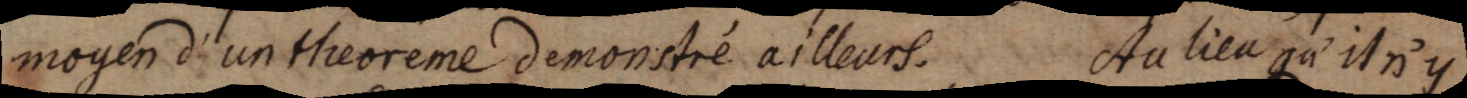
moyen d’un theoreme demonstré ailleurs. Au lieu qu’il n’y